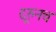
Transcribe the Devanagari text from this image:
दूरुनच